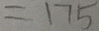
= 1 7 5